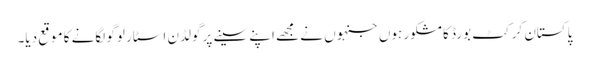
پاکستان کرکٹ بورڈ کا مشکور ہوں جنہوں نے مجھے اپنے سینے پر گولڈن اسٹار لوگو لگانے کا موقع دیا۔